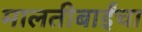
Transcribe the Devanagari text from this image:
मालतीबाईंचा